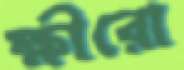
ক্ষীরো